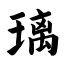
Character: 璃